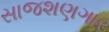
સાજશણગાર